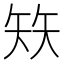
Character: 𰦖